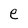
Character: e